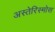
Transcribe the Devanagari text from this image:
अस्तेरिस्मोस